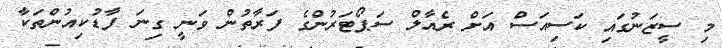
މި ސީޒަނުގައި ކަސިއަސް އަށް ރެއާލް ސަޕޯޓަރުންގެ ފަރާތުން ވަނީ ގިނަ ފާޑުކިއުންތަކާ